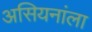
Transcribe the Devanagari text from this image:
असियनांला